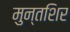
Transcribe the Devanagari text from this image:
मुन्तशिर